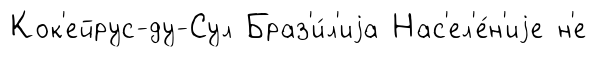
Кок'ейрус-ду-Сул Браз'и́л'иjа Нас'ел'е́н'иjе н'е